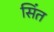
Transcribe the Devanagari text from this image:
सिंत